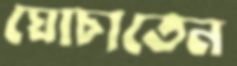
ঘোচাতেন